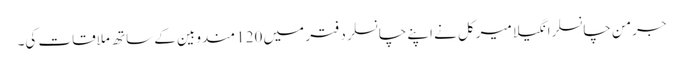
جرمن چانسلرانگیلا میرکل نے اپنے چانسلر دفتر میں 120 مندوبین کے ساتھ ملاقات کی۔